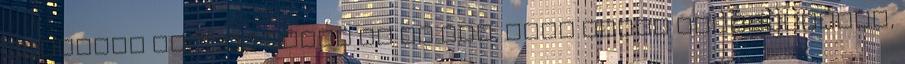
ajtókról mindig kérje el az ÉME, vagy egyéb tanúsítványt,